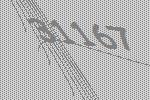
31167